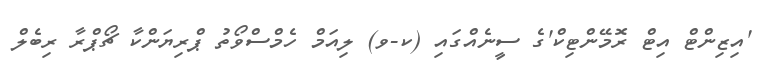
'އިޒިންޓް އިޓް ރޮމޭންޓިކް'ގެ ސީނެއްގައި (ކ-ވ) ލިއަމް ހެމްސްވޯތު ޕްރިޔަންކާ ޗޯޕްރާ ރިބެލް